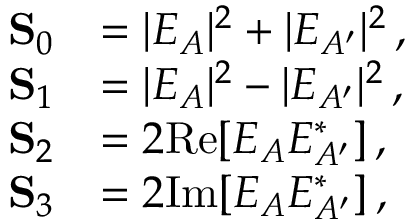
\begin{array} { r l } { \mathbf { S } _ { 0 } } & { = | E _ { A } | ^ { 2 } + | E _ { A ^ { \prime } } | ^ { 2 } \, , \phantom { Z Z Z Z } } \\ { \mathbf { S } _ { 1 } } & { = | E _ { A } | ^ { 2 } - | E _ { A ^ { \prime } } | ^ { 2 } \, , } \\ { \mathbf { S } _ { 2 } } & { = 2 \mathrm { R e } [ E _ { A } E _ { A ^ { \prime } } ^ { \ast } ] \, , } \\ { \mathbf { S } _ { 3 } } & { = 2 \mathrm { I m } [ E _ { A } E _ { A ^ { \prime } } ^ { \ast } ] \, , } \end{array}